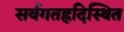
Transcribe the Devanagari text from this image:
सर्वगतह्रदिस्थित